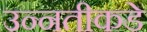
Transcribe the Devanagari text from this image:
उन्नतीकडे